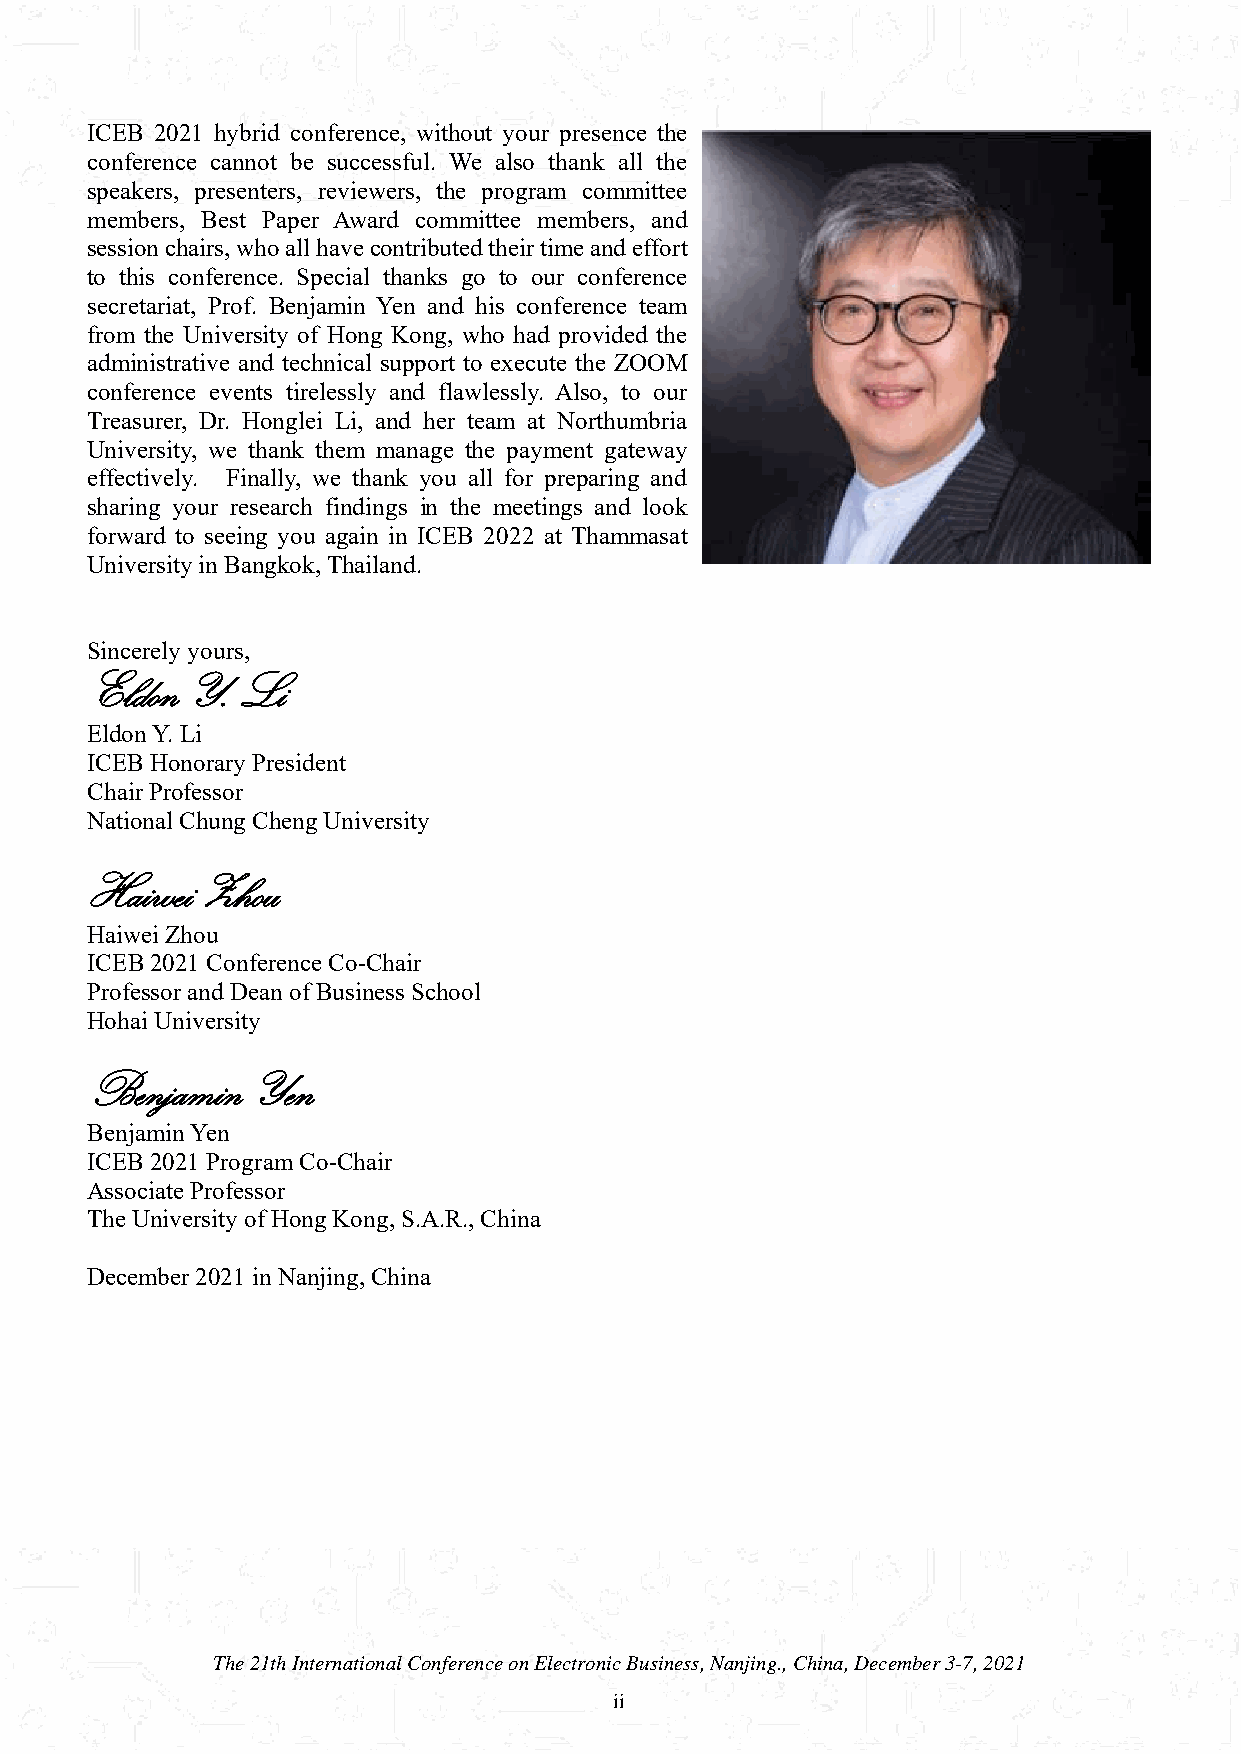
ICEB 2021 hybrid conference, without your presence the
 conference cannot be successful. We also thank all the
 speakers, presenters, reviewers, the program committee
 members, Best Paper Award committee members, and
 session chairs, who all have contributed their time and effort
 to this conference. Special thanks go to our conference
 secretariat, Prof. Benjamin Yen and his conference team
 from the University of Hong Kong, who had provided the
 administrative and technical support to execute the ZOOM
 conference events tirelessly and flawlessly. Also, to our
 Treasurer, Dr. Honglei Li, and her team at Northumbria
 University, we thank them manage the payment gateway
 effectively. Finally, we thank you all for preparing and
 sharing your research findings in the meetings and look
 forward to seeing you again in ICEB 2022 at Thammasat
 University in Bangkok, Thailand.
 Sincerely yours,
 Eldon Y.  Li
 Eldon Y. Li
 ICEB Honorary President
 Chair Professor
 National Chung Cheng University
 Haiwei Zhou
 Haiwei Zhou
 ICEB 2021 Conference Co-Chair
 Professor and Dean of Business School
 Hohai University
 Benjamin   Yen
 Benjamin Yen
 ICEB 2021 Program Co-Chair
 Associate Professor
 The University of Hong Kong, S.A.R., China
 December 2021 in Nanjing, China
 The 21th International Conference on Electronic Business, Nanjing., China, December 3-7, 2021
 ii